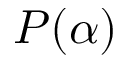
P ( \alpha )